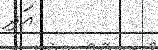
އަދި